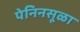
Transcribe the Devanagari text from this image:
पेनिनसूळा